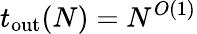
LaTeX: t_{\mathrm{out}}(N)=N^{O(1)}